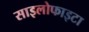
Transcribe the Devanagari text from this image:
साइलोफाइटा